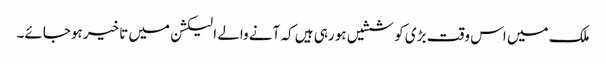
ملک میں اس وقت بڑی کوششیں ہو رہی ہیں کہ آنے والے الیکشن میں تاخیر ہوجائے۔